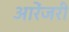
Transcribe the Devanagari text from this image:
आरेंजरी